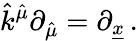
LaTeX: \hat{k}^{\hat{\mu}}\partial_{\hat{\mu}}=\partial_{\underline{{{x}}}}\, .